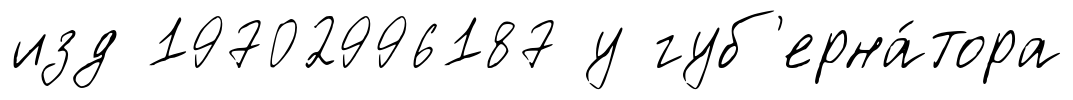
изд 19702996187 у губ'ерна́тора